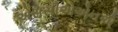
એસસીએએનએ